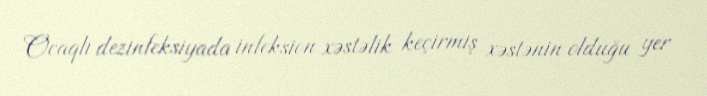
Ocaqlı dezinfeksiyada infeksion xəstəlik keçirmiş xəstənin olduğu yer